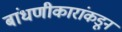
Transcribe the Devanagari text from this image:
बांधणीकारांकडून